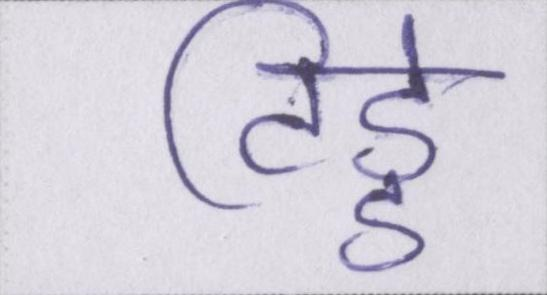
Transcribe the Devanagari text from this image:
टिड्डे